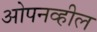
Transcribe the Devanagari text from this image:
ओपनव्हील